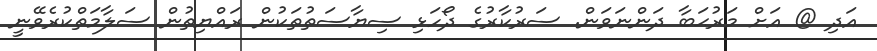
އަދި @ އަށް މަރުޙަބާ ދަންނަވަން. ސަރުކާރުގެ ދޯހަޅި ސިޔާސަތުތަކުން ރައްޔިތުން ސަލާމަތްކުރެވޭނީ